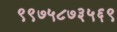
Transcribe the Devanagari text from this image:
९९७५८७३५६९